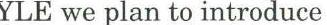
YLE we plan to introduce